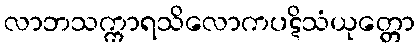
လာဘသက္ကာရသိလောကပဋိသံယုတ္တော